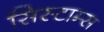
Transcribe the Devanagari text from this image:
सिस्टाम्स